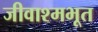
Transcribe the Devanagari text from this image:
जीवाश्मभूत